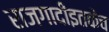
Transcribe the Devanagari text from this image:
राजगादीइतकेच